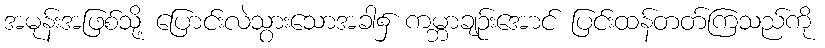
အမုန်းအဖြစ်သို့ ပြောင်းလဲသွားသောအခါ၌ ကမ္ဘာချဉ်းအောင် ပြင်းထန်တတ်ကြသည်ကို